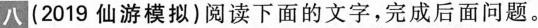
八 （2019仙游模拟）阅读下面的文字，完成后面问题。